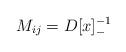
LaTeX: \begin{align*}M_{ij}=D[x]_-^{-1}\end{align*}